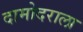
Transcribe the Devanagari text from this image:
दामोदराला